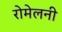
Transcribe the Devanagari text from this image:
रोमेलनी